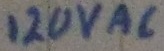
Text: 120VAC